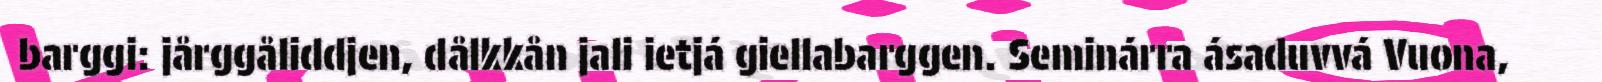
barggi: jårggåliddjen, dålkkån jali ietjá giellabarggen. Seminárra ásaduvvá Vuona,